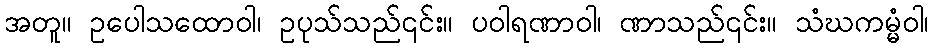
အတူ။ ဥပေါသထောဝါ၊ ဥပုသ်သည်၎င်း။ ပဝါရဏာဝါ၊ ဏာသည်၎င်း။ သံဃကမ္မံဝါ၊